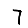
Digit: 7